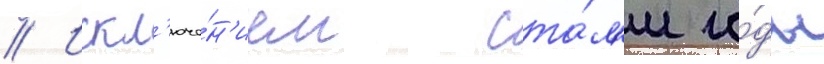
// Искл'юче́н'ием ста́л'и го́ды